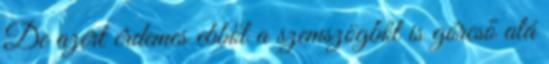
De azért érdemes ebből a szemszögből is górcső alá